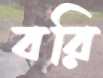
বরি